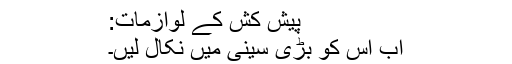
پیش کش کے لوازمات:
اب اس کو بڑی سینی میں نکال لیں۔